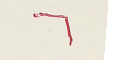
٦